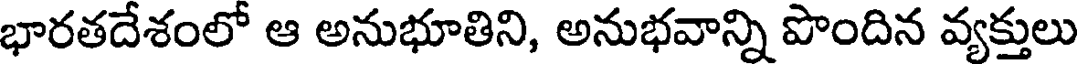
భారతదేశంలో ఆ అనుభూతిని, అనుభవాన్ని పొందిన వ్యక్తులు